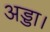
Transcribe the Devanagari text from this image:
अड्डा।